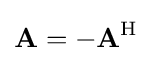
\mathbf {A} =-\mathbf {A} ^{\mathrm {H} }